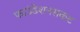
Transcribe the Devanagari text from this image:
फाउंडेशनसकट